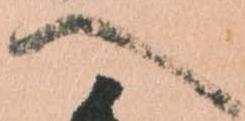
へ